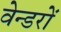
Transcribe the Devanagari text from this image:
वेन्डरों